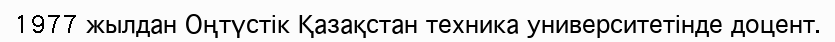
1977 жылдан Оңтүстік Қазақстан техника университетінде доцент.